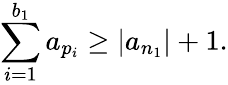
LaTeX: \sum_{i=1}^{b_{1}}a_{p_{i}}\geq|a_{n_{1}}|+1.